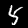
Digit: 5